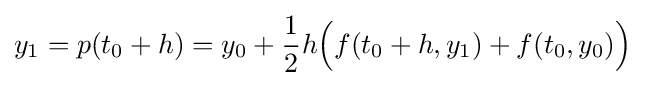
y_{1}=p(t_{0}+h)=y_{0}+{\frac {1}{2}}h{\Big (}f(t_{0}+h,y_{1})+f(t_{0},y_{0}){\Big )}